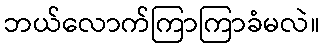
ဘယ်လောက်ကြာကြာခံမလဲ။